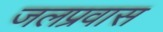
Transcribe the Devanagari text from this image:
जलप्रवास